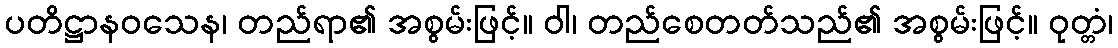
ပတိဋ္ဌာနဝသေန၊ တည်ရာ၏ အစွမ်းဖြင့်။ ဝါ၊ တည်စေတတ်သည်၏ အစွမ်းဖြင့်။ ဝုတ္တံ၊